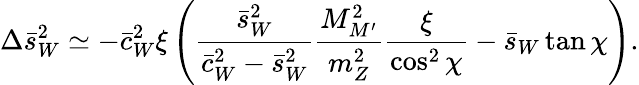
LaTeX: \Delta\bar{s}_{W}^{2}\simeq-\bar{c}_{W}^{2}\xi\left({\frac{\bar{s}_{W}^{2}}{\bar{c}_{W}^{2}-\bar{s}_{W}^{2}}}{\frac{M_{M^{\prime}}^{2}}{m_{Z}^{2}}}{\frac{\xi}{\cos^{2}\chi}}-\bar{s}_{W}\tan\chi\right).